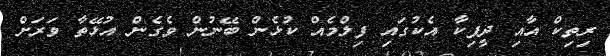
ރިތިކް އާއި ދީޕިކާ އެކުގައި ފިލްމެއް ކުޅެން ބޭނުން ވެގެން އުޅޭތާ ވަރަށް